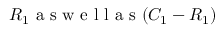
R _ { 1 } \mathrm { ~ a ~ s ~ w ~ e ~ l ~ l ~ a ~ s ~ } ( C _ { 1 } - R _ { 1 } )